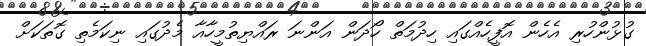
ގުޅުންހުރި އެހެން އޮފީހެއްގައި ހިދުމަތް ހޯދަން އަންނަ ރައްޔިތުމީހާއާ މެދުގައި ނިކަމެތި ގޮތަކަށް